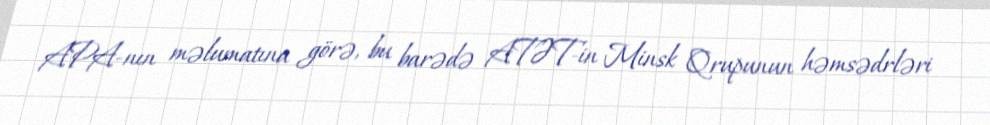
APA-nın məlumatına görə, bu barədə ATƏT-in Minsk Qrupunun həmsədrləri